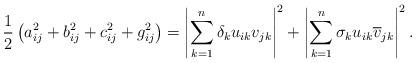
LaTeX: \begin{align*}\frac{1}{2} \left (a_{ij}^2 + b_{ij}^2 + c_{ij}^2 + g_{ij}^2 \right ) = \left |\sum_{k=1}^{n} \delta_k u_{ik} v_{jk} \right |^2 + \left |\sum_{k=1}^{n} \sigma_k u_{ik} \overline{v}_{jk} \right |^2. \end{align*}